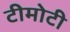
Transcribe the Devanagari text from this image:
टीमोटी